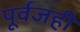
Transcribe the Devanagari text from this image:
पूर्वजही